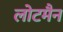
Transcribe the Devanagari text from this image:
लोटमैन